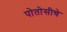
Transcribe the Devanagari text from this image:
पोतोसीचे